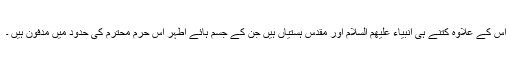
اس کے علاوہ کتنے ہی انبیاء علیھم السلام اور مقدس ہستیاں ہیں جن کے جسم ہائے اطہر اس حرم محترم کی حدود میں مدفون ہیں ۔